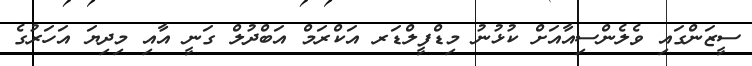
ސީޒަންގައި ވެލެންސިއާއަށް ކުޅުނު މިޑްފީލްޑަރ އަކްރަމް އަބްދުލް ގަނީ އާއި މިދިޔަ އަހަރުގެ